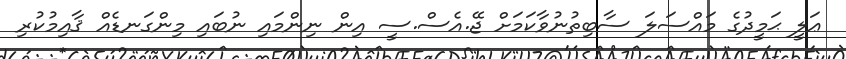
ޢަލީ ޙަމީދުގެ މައްސަލަ ސާބިތުނުވާކަމަށް ޖޭ.އެސް.ސީ އިން ނިންމައި ނުބައި މިންގަނޑެއް ޤާއިމުކުރި